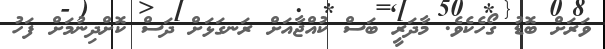
ވަރަށް ބޮޑު ގޯހެކެވެ. މާދަރީ ބަސް ކުއްޖާއަށް ރަނގަޅަށް ދަސް ކޮށްދިނުމަށް ފަހު